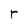
Character: r